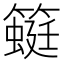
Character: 𰪛